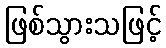
ဖြစ်သွားသဖြင့်